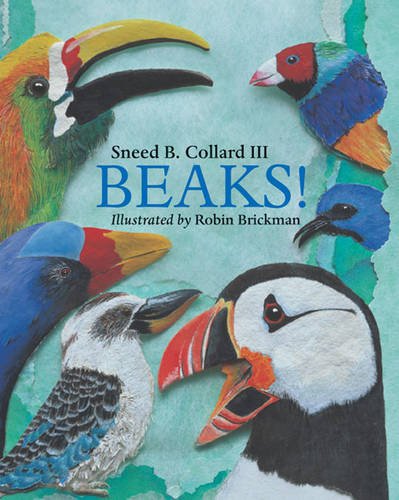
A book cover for Beaks!; Sneed B. Collard III; Children's Books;